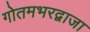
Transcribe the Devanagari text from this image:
गोतमभरद्वाजा